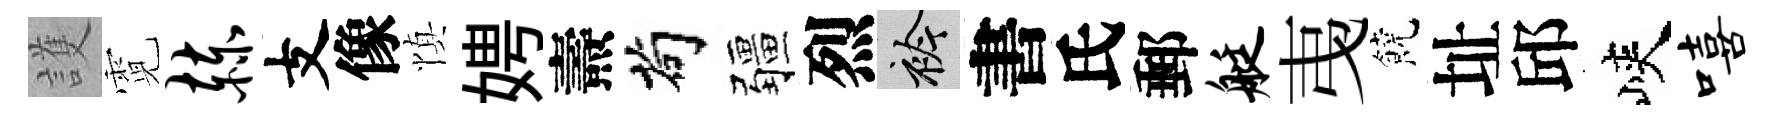
護霓赫支像慎娉燾茍疆烈衿書氏郵艇𢎯饒址邱峽嘻